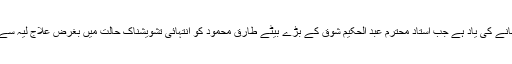
ملتان قیام کے اسی زمانے کی یاد ہے جب استاد محترم عبد الحکیم شوق کے بڑے بیٹے طارق محمود کو انتہائی تشویشناک حالت میں بغرض علاج لیہ سے نشتر ہسپتال لایا گیا ۔